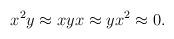
LaTeX: \begin{align*}x^2y\approx xyx\approx yx^2\approx 0.\end{align*}